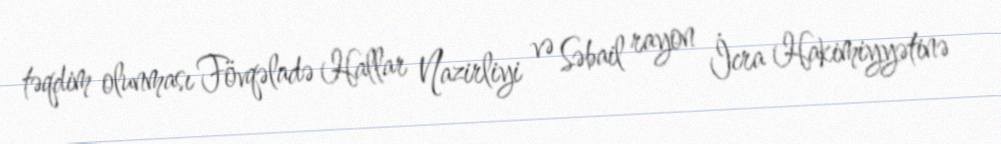
təqdim olunması Fövqəladə Hallar Nazirliyi və Səbail rayon İcra Hakimiyyətinə